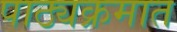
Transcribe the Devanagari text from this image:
पाठ्यक्रमात